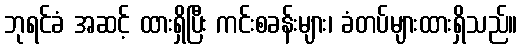
ဘုရင်ခံ အဆင့် ထားရှိပြီး ကင်းစခန်းများ၊ ခံတပ်များထားရှိသည်။